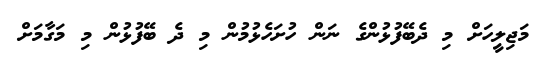
މަޖިލީހަށް މި ދެބޭފުޅުންގެ ނަން ހުށަހެޅުމުން މި ދެ ބޭފުޅުން މި މަގާމަށް